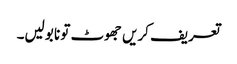
تعریف کریں جھوٹ تو نا بولیں۔